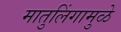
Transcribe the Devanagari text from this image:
मातुलिंगामुळे